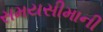
સમયસીમાની